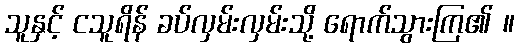
သူနှင့် ငသူရိန် ခပ်လှမ်းလှမ်းသို့ ရောက်သွားကြ၏ ။